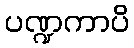
ပဏ္ဍကာပိ